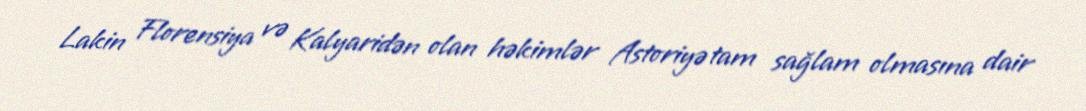
Lakin Florensiya və Kalyaridən olan həkimlər Astoriyə tam sağlam olmasına dair